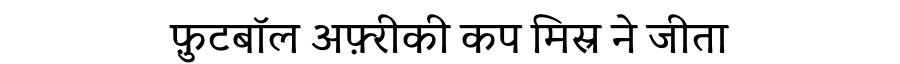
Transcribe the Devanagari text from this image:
फ़ुटबॉल अफ़्रीकी कप मिस्र ने जीता